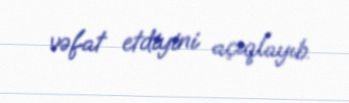
vəfat etdiyini açıqlayıb.